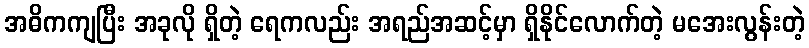
အဓိကကျပြီး အခုလို ရှိတဲ့ ရေကလည်း အရည်အဆင့်မှာ ရှိနိုင်လောက်တဲ့ မအေးလွန်းတဲ့